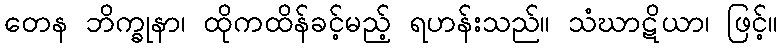
တေန ဘိက္ခုနာ၊ ထိုကထိန်ခင့်မည့် ရဟန်းသည်။ သံဃာဋိယာ၊ ဖြင့်။